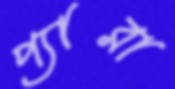
প্যারা